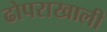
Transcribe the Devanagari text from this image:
ढोपराखाली